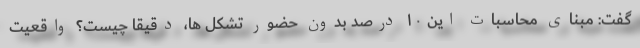
گفت: مبنای محاسبات این ۱۰ درصد بدون حضور تشکل ها، دقیقا چیست؟ واقعیت